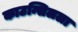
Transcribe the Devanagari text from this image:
काउन्सिलला